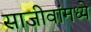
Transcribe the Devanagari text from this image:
साजीवांमध्ये